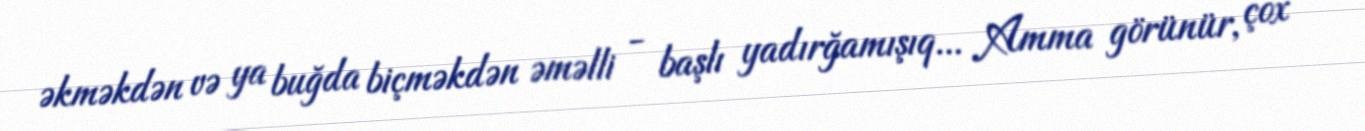
əkməkdən və ya buğda biçməkdən əməlli - başlı yadırğamışıq... Amma görünür, çox